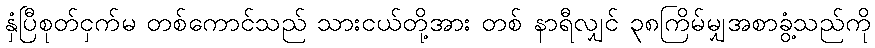
နှံပြီစုတ်ငှက်မ တစ်ကောင်သည် သားငယ်တို့အား တစ် နာရီလျှင် ၃၈ကြိမ်မျှအစာခွံ့သည်ကို